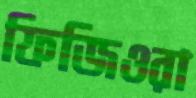
ফিজিওরা